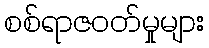
စစ်ရာဇဝတ်မှုများ